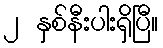
၂ နှစ်နီးပါးရှိပြီ။